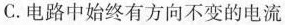
C.电路中始终有方向不变的电流